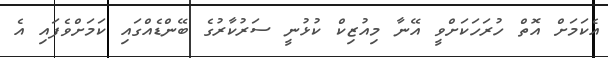
އެކަމަށް އޮތް ހުރަހަކަށްވީ އޭނާ މިއުޒިކް ކުޅުނީ ސަރުކާރުގެ ބޭންޑެއްގައި ކަމަަށްވެފައި އެ